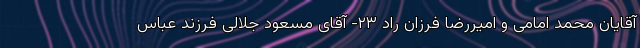
آقایان محمد امامی و امیررضا فرزان راد ۲۳- آقای مسعود جلالی فرزند عباس